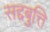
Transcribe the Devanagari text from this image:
सद्दबुत्ति